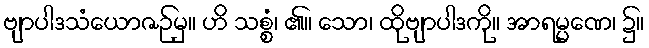
ဗျာပါဒသံယောဇဉ်မှ။ ဟိ သစ္စံ၊ ၏။ သော၊ ထိုဗျာပါဒကို။ အာရမ္မဏေ၊ ၌။